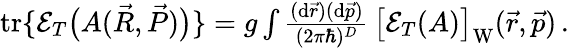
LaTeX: \begin{array}{r}{\mathrm{tr}\{ \mathcal E_{T}\big(A(\vec{R},\vec{P})\big)\} =g\int\frac{(\mathrm{d}\vec{r})(\mathrm{d}\vec{p})}{(2\pi\hbar)^{D}}\, \big[\mathcal E_{T}(A)\big]_{\mathrm{W}}(\vec{r},\vec{p})\, .}\end{array}